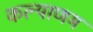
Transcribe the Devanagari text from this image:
कल्‍याणम